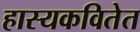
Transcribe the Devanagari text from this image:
हास्यकवितेत